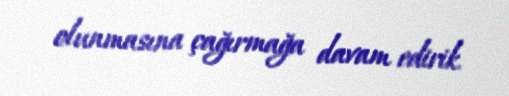
olunmasına çağırmağa davam edirik.